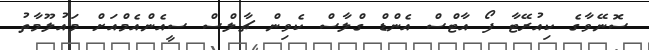
ސޮނޭވާގެ ކިއުރޭޓާ ފޯ އާޓްސް އެންޑް ގްލާސް ކެވިން ޗާލްސް ސީއެންއެމްއަށް މައުލޫމާތު